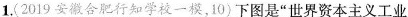
1.(2019安徽合肥行知学校一模，10)下图是”世界资本主义工业